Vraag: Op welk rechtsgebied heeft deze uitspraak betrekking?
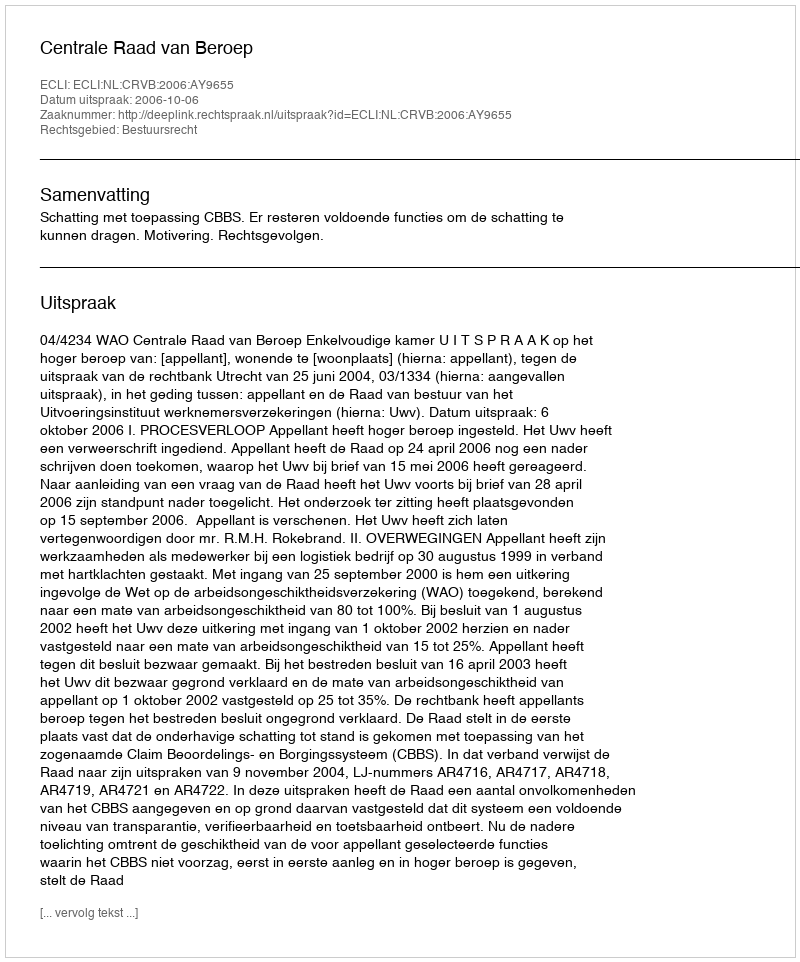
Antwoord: Bestuursrecht